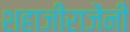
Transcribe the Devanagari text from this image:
शहाजीराजेंनी